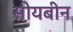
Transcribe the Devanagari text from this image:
सोयबीन